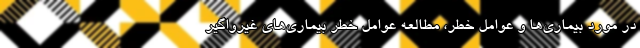
در مورد بیماری‌ها و عوامل خطر، مطالعه عوامل خطر بیماری‌های غیرواگیر